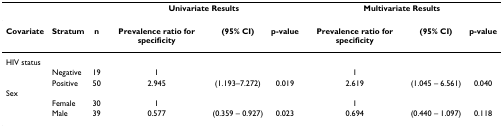
<table><thead><tr><td></td><td></td><td></td><td colspan="3"><b>Univariate Results</b></td><td colspan="3"><b>Multivariate Results</b></td></tr></thead><tbody><tr><td><b>Covariate</b></td><td><b>Stratum</b></td><td><b>n</b></td><td><b>Prevalence ratio for specificity</b></td><td><b>(95% CI)</b></td><td><b>p-value</b></td><td><b>Prevalence ratio for specificity</b></td><td><b>(95% CI)</b></td><td><b>p-value</b></td></tr><tr><td>HIV status</td><td></td><td></td><td></td><td></td><td></td><td></td><td></td><td></td></tr><tr><td></td><td>Negative</td><td>19</td><td>1</td><td></td><td></td><td>1</td><td></td><td></td></tr><tr><td></td><td>Positive</td><td>50</td><td>2.945</td><td>(1.193–7.272)</td><td>0.019</td><td>2.619</td><td>(1.045 – 6.561)</td><td>0.040</td></tr><tr><td>Sex</td><td></td><td></td><td></td><td></td><td></td><td></td><td></td><td></td></tr><tr><td></td><td>Female</td><td>30</td><td>1</td><td></td><td></td><td>1</td><td></td><td></td></tr><tr><td></td><td>Male</td><td>39</td><td>0.577</td><td>(0.359 – 0.927)</td><td>0.023</td><td>0.694</td><td>(0.440 – 1.097)</td><td>0.118</td></tr></tbody></table>